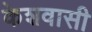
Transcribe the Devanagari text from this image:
केशवासी